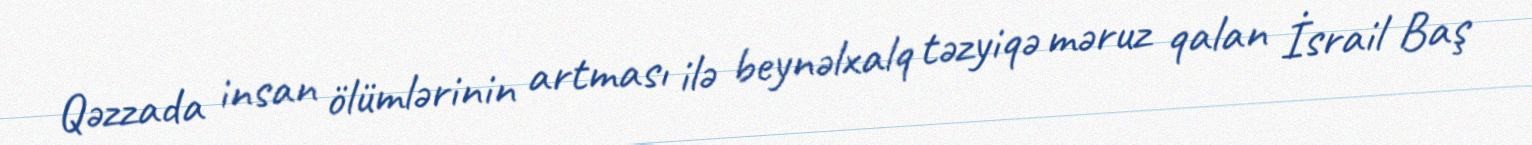
Qəzzada insan ölümlərinin artması ilə beynəlxalq təzyiqə məruz qalan İsrail Baş